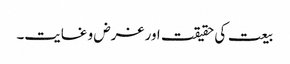
بیعت کی حقیقت اور غرض و غایت۔